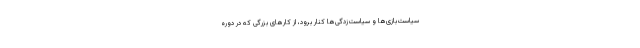
سیاست‌بازی‌ها و سیاست‌زدگی‌ها کنار برود، از کارهای بزرگی که در دوره